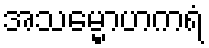
အသမ္မောဟကရံ